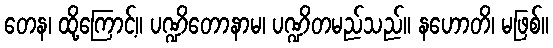
တေန၊ ထို့ကြောင့်။ ပဏ္ဍိတောနာမ၊ ပဏ္ဍိတမည်သည်။ နဟောတိ၊ မဖြစ်။